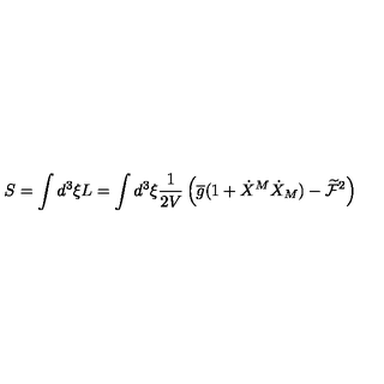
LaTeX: S = \int d ^ { 3 } \xi L = \int d ^ { 3 } \xi \frac { 1 } { 2 V } \left( \overline { { g } } ( 1 + \dot { X } ^ { M } \dot { X } _ { M } ) - \widetilde { \mathcal { F } } ^ { 2 } \right)